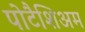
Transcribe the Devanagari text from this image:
पोटैशिअम